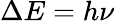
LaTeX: \Delta E=h\nu